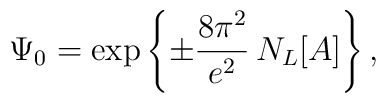
\Psi_0 = \exp\left\{ \pm \frac{8\pi^2}{e^2}\,N_L [A] \right\},